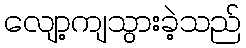
လျော့ကျသွားခဲ့သည်